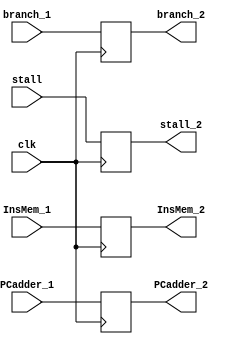
module IF_ID (clk,PCadder_1,InsMem_1,branch_1,stall,PCadder_2,InsMem_2,branch_2,stall_2);

input clk;
input [31:0] PCadder_1;
input [31:0] InsMem_1;
input stall;
input branch_1;
output reg [31:0] PCadder_2;
output reg [31:0] InsMem_2;
output reg stall_2;
output reg branch_2;


initial begin
PCadder_2=0;
InsMem_2=0;
stall_2=0;
branch_2=0;
end


always @ (posedge clk) begin
PCadder_2<=PCadder_1;
InsMem_2<=InsMem_1;
stall_2<=stall;
branch_2<=branch_1;
end



endmodule